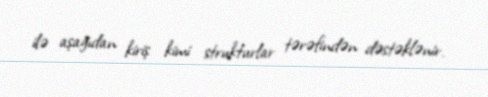
ilə aşağıdan kiriş kimi strukturlar tərəfindən dəstəklənir.